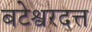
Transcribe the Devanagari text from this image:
बटेश्वरदत्त